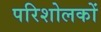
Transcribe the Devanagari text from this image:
परिशोलकों